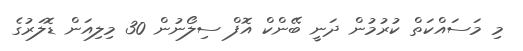
މި މަސައްކަތް ކުރުމުން ދަނީ ބޭންކް އޮފް ސިލޯނުން 30 މިލިއަން ޑޮލަރުގެ